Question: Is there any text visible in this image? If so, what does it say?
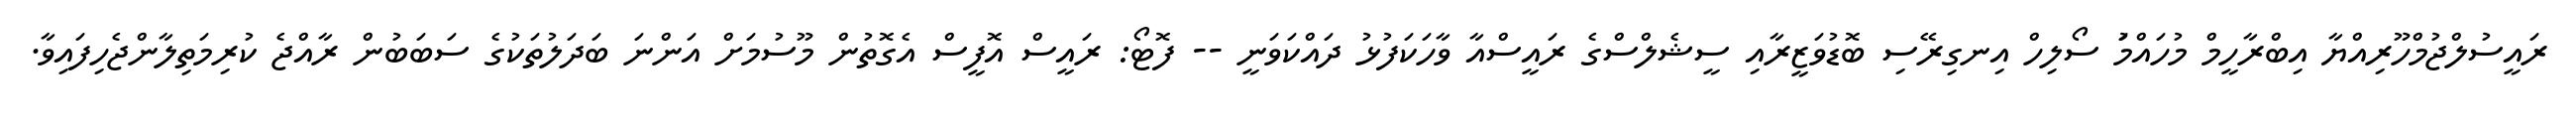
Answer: ރައީސުލްޖުމްހޫރިއްޔާ އިބްރާހީމް މުހައްމަު ސޯލިހް އިނގިރޭސި ބޮޑުވަޒީރާއި ސީޝެލްސްގެ ރައީސްއާ ވާހަކަފުޅު ދައްކަވަނީ -- ފޮޓޯ: ރައީސް އޮފީސް އެގޮތުން މޫސުމަށް އަންނަ ބަދަލުތަކުގެ ސަބަބުން ރާއްޖެ ކުރިމަތިލާންޖެހިފައިވާ.